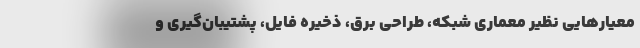
معیارهایی نظیر معماری شبکه، طراحی برق، ذخیره فایل، پشتیبان‌گیری و